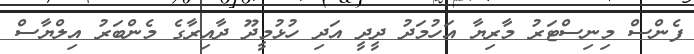
ފެންސް މިނިސްޓަރު މާރިޔާ އަހުމަދު ދީދީ އަދި ހުޅުމީދޫ ދާއިރާގެ މެންބަރު އިލްޔާސް